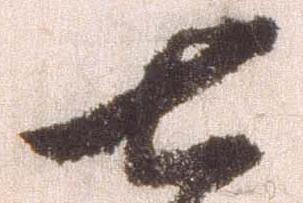
七